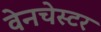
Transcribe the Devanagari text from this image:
वेनचेस्टर